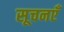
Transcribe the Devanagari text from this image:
सूचनएँ